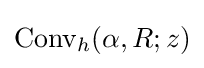
{\text{Conv}}_{h}(\alpha ,R;z)